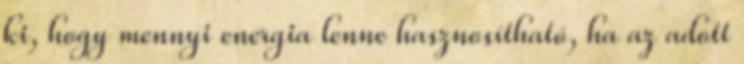
ki, hogy mennyi energia lenne hasznosítható, ha az adott